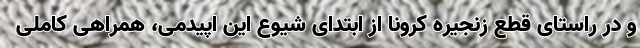
و در راستای قطع زنجیره کرونا از ابتدای شیوع این اپیدمی، همراهی کاملی